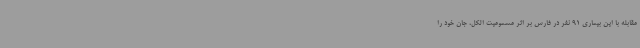
مقابله با این بیماری 91 نفر در فارس بر اثر مسمومیت الکل، جان خود را